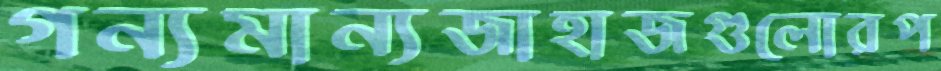
গন্যমান্যজাহাজগুলোরপ